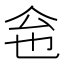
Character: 𠇜